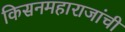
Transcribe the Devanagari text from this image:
किसनमहाराजांची